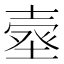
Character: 𰊗